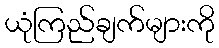
ယုံကြည်ချက်များကို